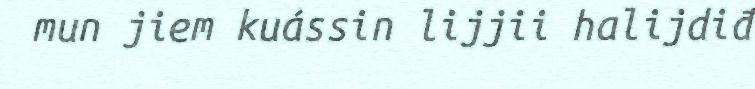
mun jiem kuássin lijjii halijdiđ